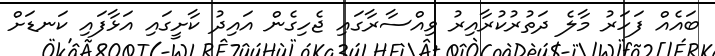
ބައެއް ފަހަރު މާލެ ދަތުރުކުރާއިރު ވިއްސާރާގައި ޖެހިގެން އައިދު ކާށީގައި އަޅާފައި ކަނޑަށް